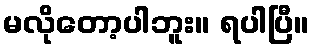
မလိုတော့ပါဘူး။ ရပါပြီ။